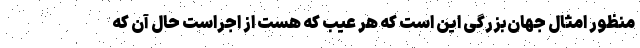
منظور امثال جهان‌بزرگی این است که هر عیب که هست از اجراست حال آن که